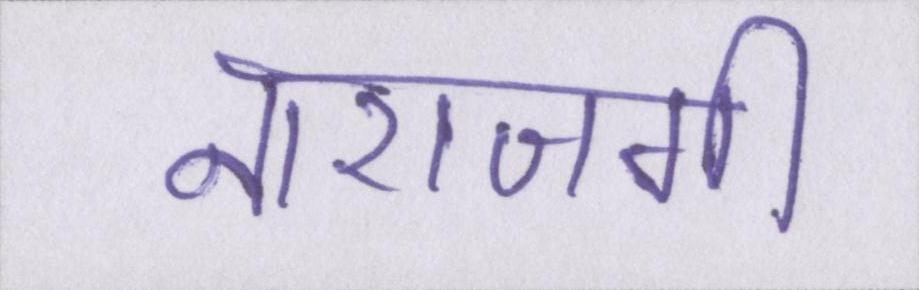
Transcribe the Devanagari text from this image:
नाराजगी